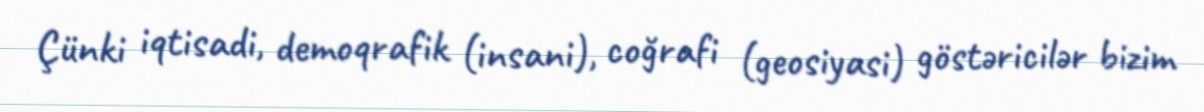
Çünki iqtisadi, demoqrafik (insani), coğrafi (geosiyasi) göstəricilər bizim